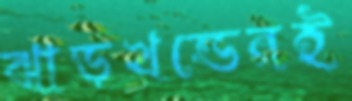
ঝাড়খন্ডেরই